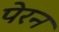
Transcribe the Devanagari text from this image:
पेरन